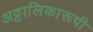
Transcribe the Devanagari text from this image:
अट्टालिकारूपी